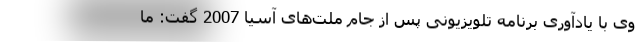
وی با یادآوری برنامه تلویزیونی پس از جام ملت‌های آسیا 2007 گفت: ما